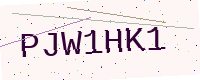
Text: PJW1HK1